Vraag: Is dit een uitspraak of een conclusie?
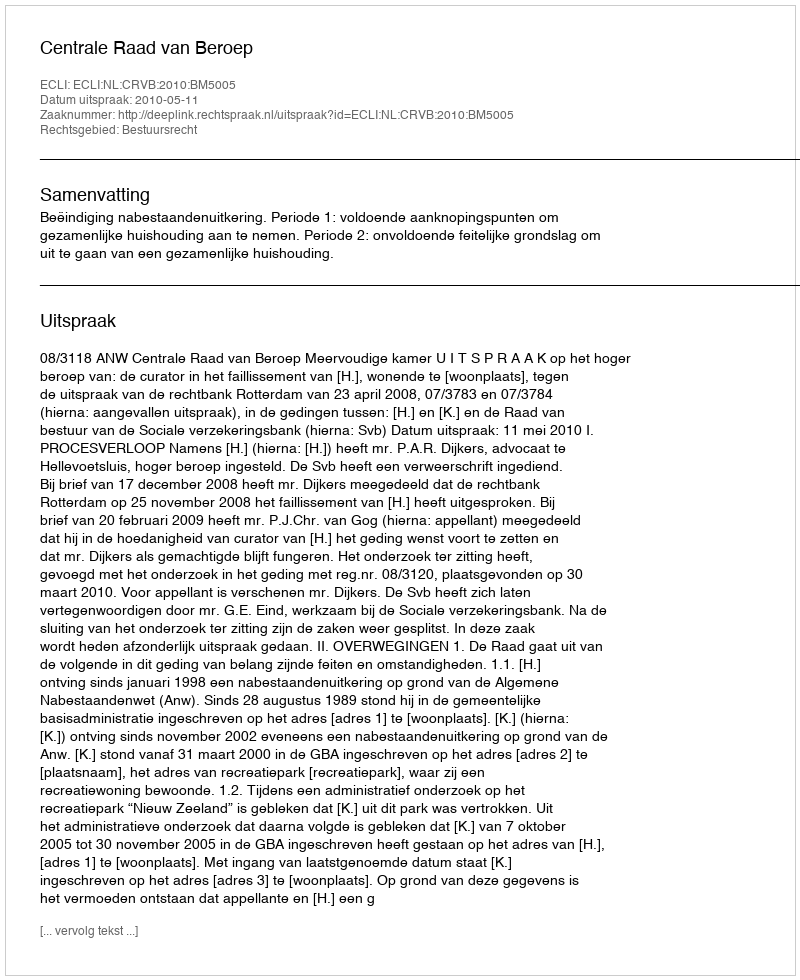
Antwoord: Uitspraak